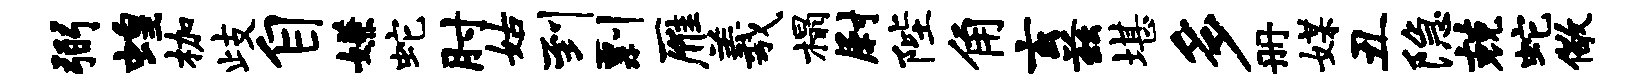
弼蝗枷歧自嫌蛇肘姑到剽雁羲榻尉陛角玄兹堪多册媒丑隐兢蛇儆